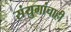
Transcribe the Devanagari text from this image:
संयुगांचाही